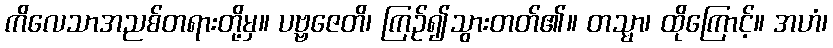
ကိလေသာအညစ်တရားတို့မှ။ ပဗ္ဗဇေတိ၊ ကြဉ်၍သွားတတ်၏။ တသ္မာ၊ ထိုကြောင့်။ အဟံ၊